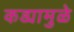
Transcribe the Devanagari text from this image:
कड्यामुळे